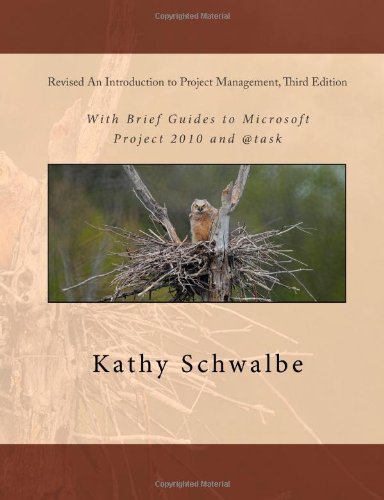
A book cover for Revised An Introduction to Project Management, Third Edition: With Brief Guides to Microsoft Project 2010 and @task; Kathy Schwalbe; Computers & Technology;